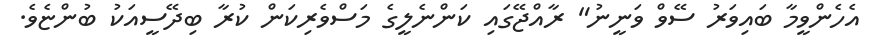
އެހެންވީމާ ބައިވަރު ސޭވް ވަނީނު" ރާއްޖޭގައި ކަންނެލީގެ މަސްވެރިކަން ކުރާ ބިދޭސީއަކު ބުންޏެވެ.